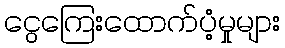
ငွေကြေးထောက်ပံ့မှုများ